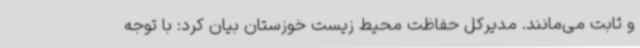
و ثابت می‌مانند. مدیرکل حفاظت محیط زیست خوزستان بیان کرد: با توجه